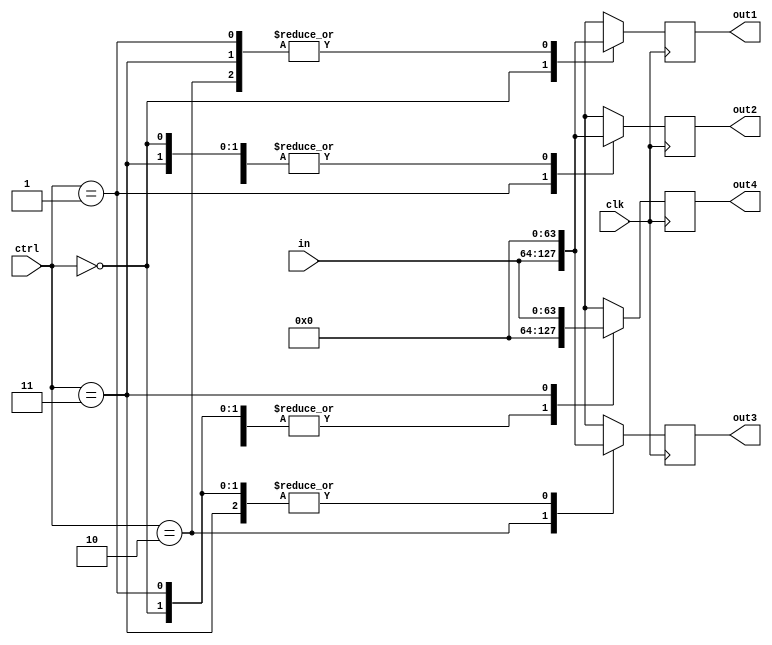
`timescale 1ns / 1ps
//////////////////////////////////////////////////////////////////////////////////
// Company: 
// Engineer: 
// 
// Design Name: 
// Module Name: demux
// Project Name: 
// Target Devices: 
// Tool Versions: 
// Description: 
// 
// Dependencies: 
// 
// Revision:
// Revision 0.01 - File Created
// Additional Comments:
// 
//////////////////////////////////////////////////////////////////////////////////


module demux(
    input clk,
    input [1:0] ctrl,
    input [63:0] in,
    output reg [63:0] out1, out2, out3, out4
);

always @(posedge clk) begin
    case(ctrl)
        2'b00 : begin
            out1 = in; 
            out2 =  0; 
            out3 =  0; 
            out4 =  0;
        end
        2'b01 : begin
            out1 =  0; 
            out2 = in; 
            out3 =  0; 
            out4 =  0;
        end
        2'b10 : begin
            out1 =  0; 
            out2 =  0; 
            out3 = in; 
            out4 =  0;
        end
        2'b11 : begin 
            out1 =  0; 
            out2 =  0; 
            out3 =  0; 
            out4 = in;
        end
    endcase
end
endmodule